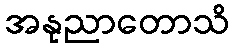
အနုညာတောသိ